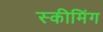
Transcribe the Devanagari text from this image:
स्कीमिंग